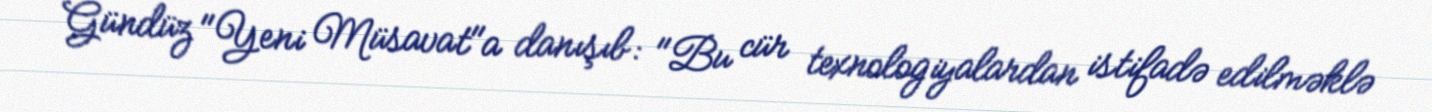
Gündüz "Yeni Müsavat"a danışıb: "Bu cür texnologiyalardan istifadə edilməklə